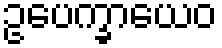
ဥပေက္ခာယေဝ